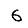
Digit: 6